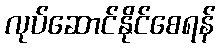
လုပ်ဆောင်နိုင်စေရန်